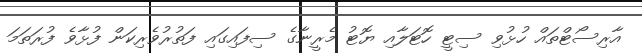
އާރިސޯޓްތައް ހުޅުވި ސިޓީ ހޮޓަލާއި ޔޮޓު މެރީނާގެ ސިފައިގައި ފަތުރުވެރިކަން ފުޅާވެ ފުރަތަމަ